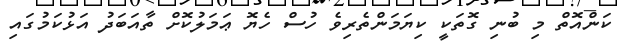
ކަންއޮތް މި ބުނި ގޮތަކީ ކިޔަމަންތެރިވެ ހުސް ހެޔޮ ޢަމަލުކޮށް ތާއަބަދު އަޅުކަމުގައި